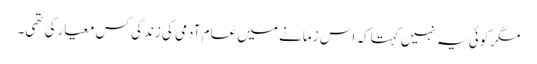
مگرکوئی یہ نہیں کہتاکہ اس زمانے میں عام آدمی کی زندگی کس معیارکی تھی۔